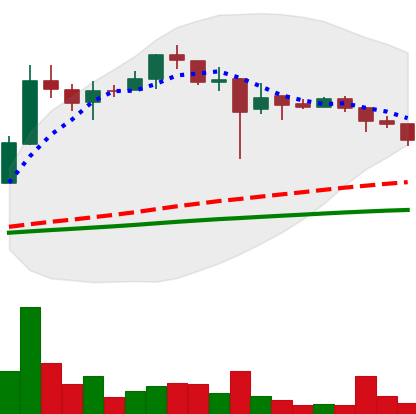
Ticker: LTC-USD
Chart end date: 2017-12-30
Forward return: 10.233%
Label: up_7plus